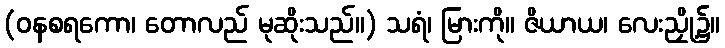
(ဝနစရကော၊ တောလည် မုဆိုးသည်။) သရံ၊ မြားကို။ ဇိယာယ၊ လေးညှို့၌။